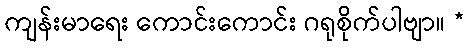
ကျန်းမာရေး ကောင်းကောင်း ဂရုစိုက်ပါဗျာ။ *